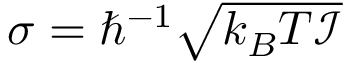
\begin{array} { r } { \sigma = \hbar ^ { - 1 } \sqrt { k _ { B } T \mathcal { I } } \, } \end{array}